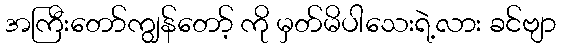
အကြီးတော်ကျွန်တော့် ကို မှတ်မိပါသေးရဲ့လား ခင်ဗျာ